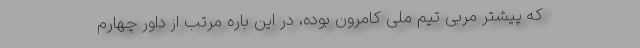
که پیشتر مربی تیم ملی کامرون بوده، در این باره مرتب از داور چهارم